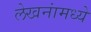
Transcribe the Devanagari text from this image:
लेखनांमध्ये